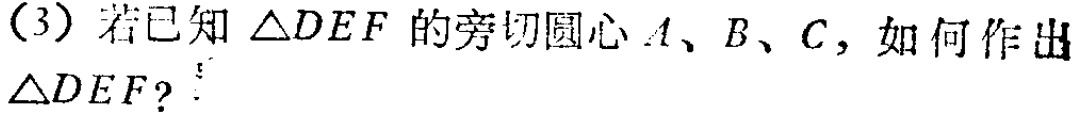
(3) 若已知 $\triangle DEF$ 的旁切圆心 $A、B、C$，如何作出 $\triangle DEF$？